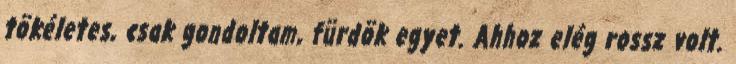
tökéletes, csak gondoltam, fürdök egyet. Ahhoz elég rossz volt.